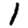
Digit: 1